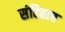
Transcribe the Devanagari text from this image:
संहिताच